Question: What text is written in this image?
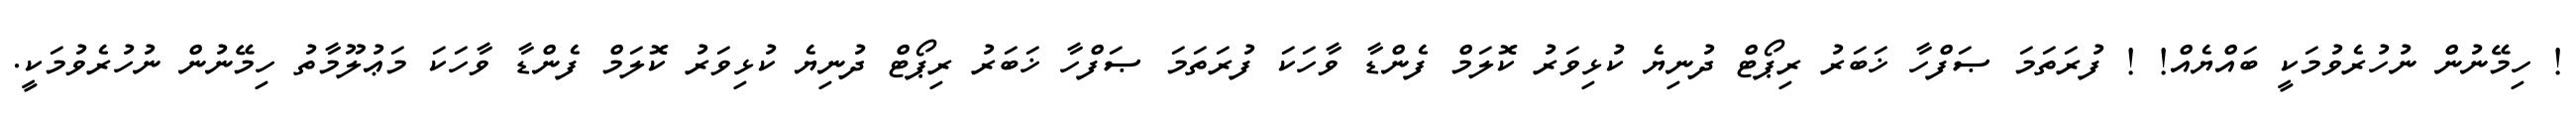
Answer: ! ހިމޭނުން ނުހުރެވުމަކީ ބައްޔެއް! ! ފުރަތަމަ ޞަފްހާ ޚަބަރު ރިޕޯޓް ދުނިޔެ ކުޅިވަރު ކޮލަމް ފެންޑާ ވާހަކަ ފުރަތަމަ ޞަފްހާ ޚަބަރު ރިޕޯޓް ދުނިޔެ ކުޅިވަރު ކޮލަމް ފެންޑާ ވާހަކަ މަޢުލޫމާތު ހިމޭނުން ނުހުރެވުމަކީ.